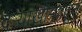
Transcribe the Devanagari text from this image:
दऱ्याखोऱ्यातून